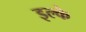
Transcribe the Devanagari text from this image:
इल्‍के